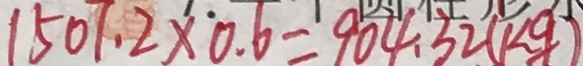
1 5 0 7 . 2 \times 0 . 6 = 9 0 4 . 3 2 ( k g )